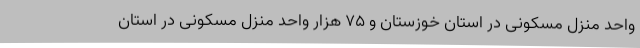
واحد منزل مسکونی در استان خوزستان و 75 هزار واحد منزل مسکونی در استان